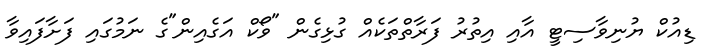
ޑިއުކް ޔުނިވާސިޓީ އާއި އިތުރު ފަރާތްތަކެއް ގުޅިގެން "ވޯކް އަގެއިން"ގެ ނަމުގައި ފަށާފައިވާ